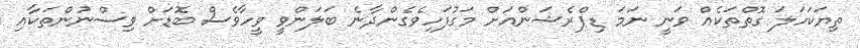
ތިޔަކަހަލަ ގޮތްތަކެއް ވަނީ ނަމަ ޑިޕްރެޝަންއަށް މަގުފަހިވެގެންދާނެ ބަލަންވީ ވީހާވެސް ބޮޑަށް ވިސްނުންތަކާއި